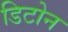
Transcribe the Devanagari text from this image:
डिटोन